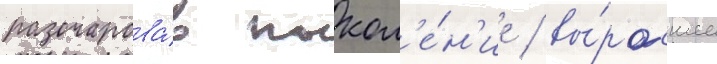
разочарова́в покол'е́н'ие / вы́росшее